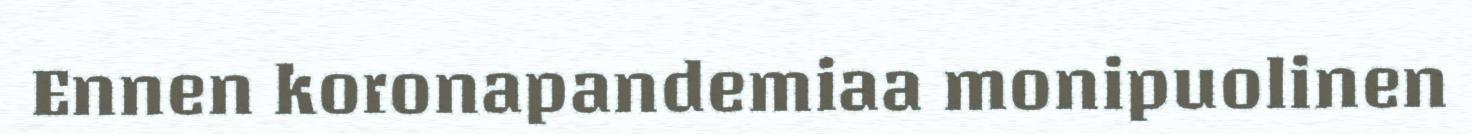
Ennen koronapandemiaa monipuolinen